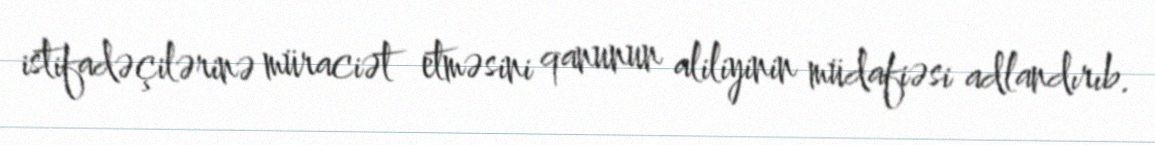
istifadəçilərinə müraciət etməsini qanunun aliliyinin müdafiəsi adlandırıb.